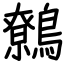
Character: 鷯